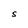
Character: s